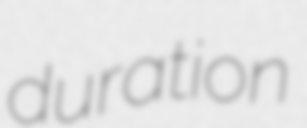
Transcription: duration